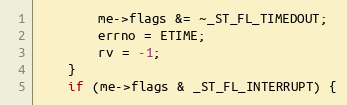
Language: C
        me->flags &= ~_ST_FL_TIMEDOUT;
        errno = ETIME;
        rv = -1;
    }
    if (me->flags & _ST_FL_INTERRUPT) {